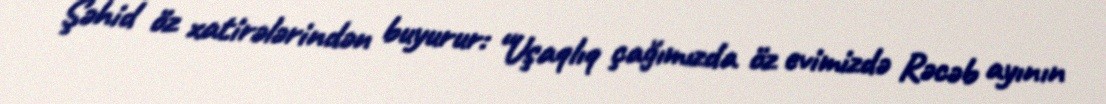
Şəhid öz xatirələrindən buyurur: “Uşaqlıq çağımızda öz evimizdə Rəcəb ayının